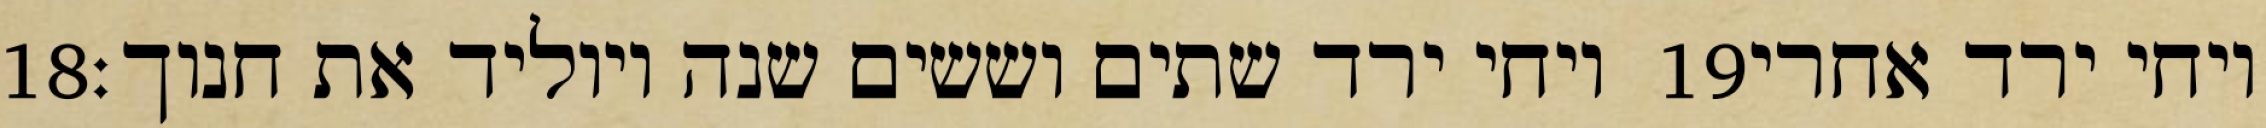
‎18‏ ויחי ירד שתים וששים שנה ויוליד את חנוך׃ ‎19‏ ויחי ירד אחרי